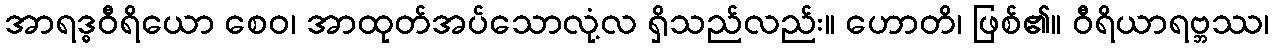
အာရဒ္ဓဝီရိယော စေဝ၊ အာထုတ်အပ်သောလုံ့လ ရှိသည်လည်း။ ဟောတိ၊ ဖြစ်၏။ ဝီရိယာရဗ္ဘဿ၊